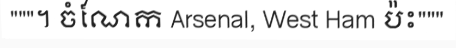
"""។ ចំណែក Arsenal, West Ham ប៉ះ"""